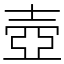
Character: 壺